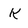
Character: k